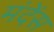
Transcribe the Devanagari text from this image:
मंदेंस